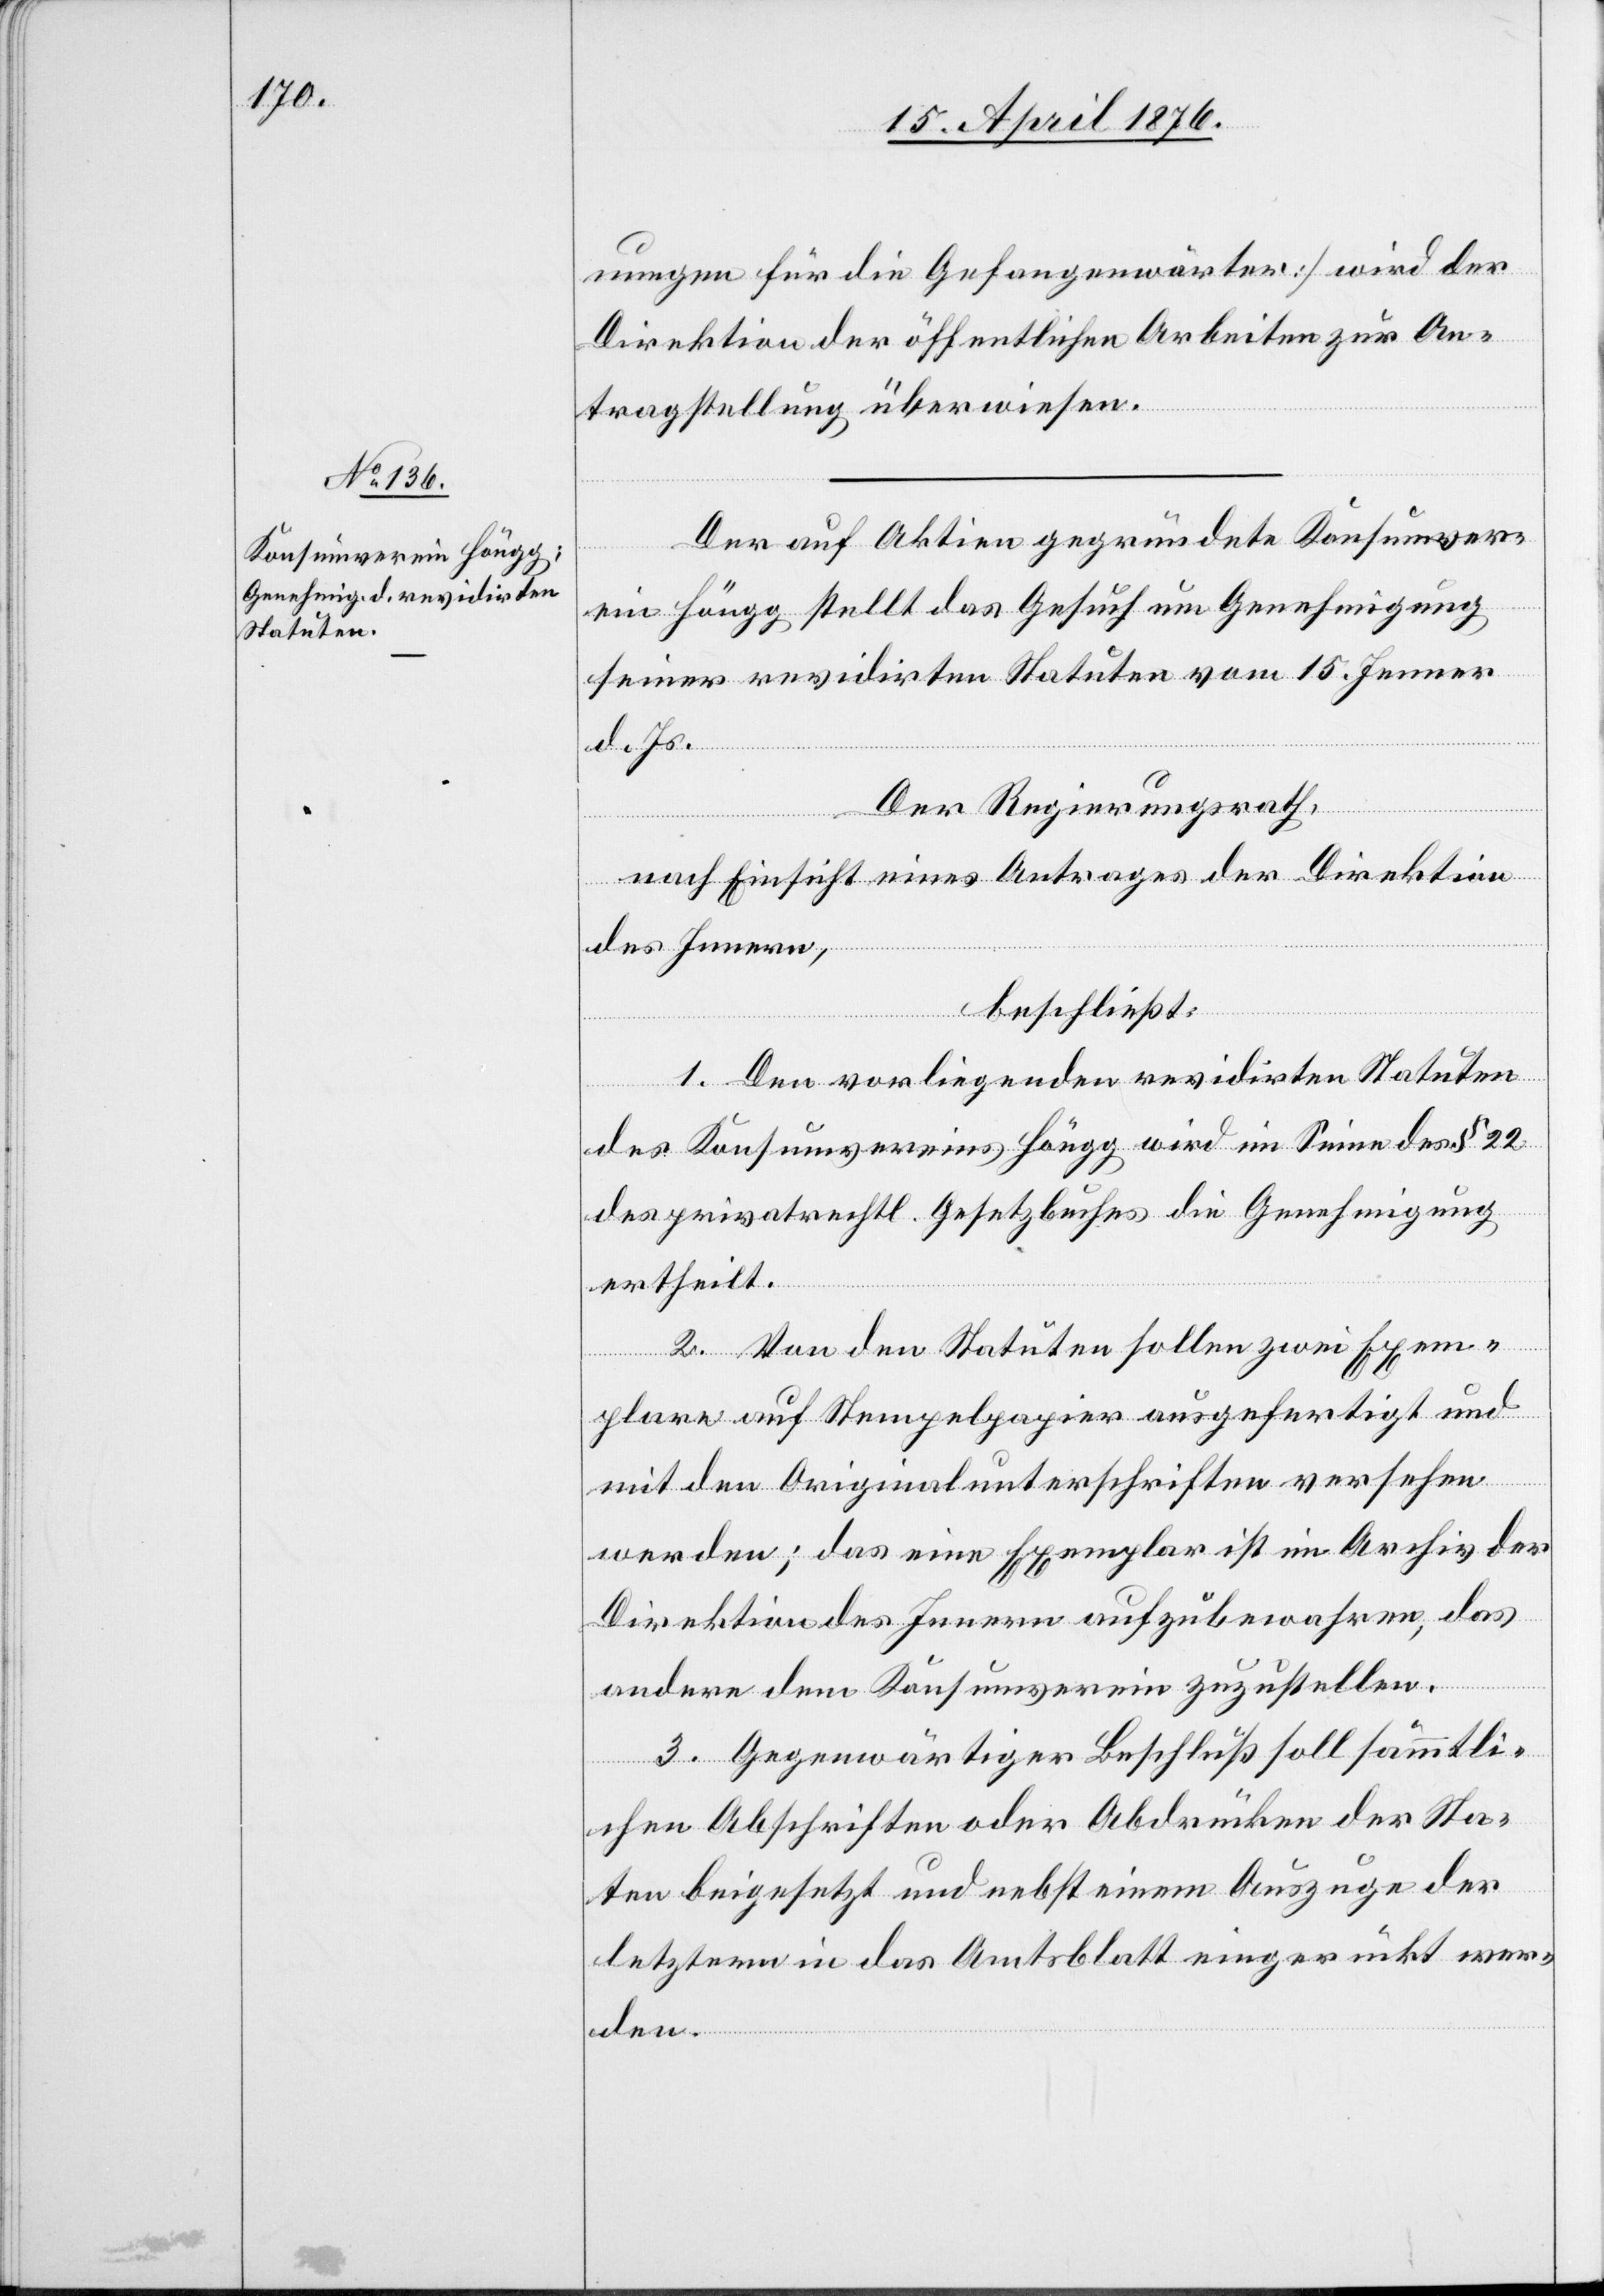
nungen für die Gefangenenwärter] wird der
Direktion der öffentlichen Arbeiten zur An¬
tragstellung überwiesen.
Der auf Aktien gegründete Konsumver¬
ein Höngg stellt das Gesuch um Genehmigung
seiner revidirten Statuten vom 15. Jenner
d. Js.
tu¬
Der Regierungsrath,
nach Einsicht eines Antrages der Direktion
des Innern,
beschließt:
1. Den vorliegenden revidirten Statuten
des Konsumvereins Höngg wird im Sinne des § 22
des privatrechtl. Gesetzbuches die Genehmigung
ertheilt.
2. Von den Statuten sollen zwei Exem¬
plare auf Stempelpapier ausgefertigt und
mit den Originalunterschriften versehen
werden; das eine Exemplar ist im Archiv der
Direktion des Innern aufzubewahren, das
andere dem Konsumverein zuzustellen.
3. Gegenwärtiger Beschluß soll sämmtli¬
chen Abschriften oder Abdrücken der Sta¬
ten beigesetzt und nebst einem Auszuge der
letztern in das Amtsblatt eingerückt wer¬
den.